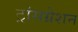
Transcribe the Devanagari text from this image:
ट्रांसग्रेशन